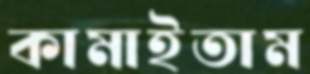
কামাইতাম